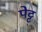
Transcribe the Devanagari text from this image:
पेट्ट्